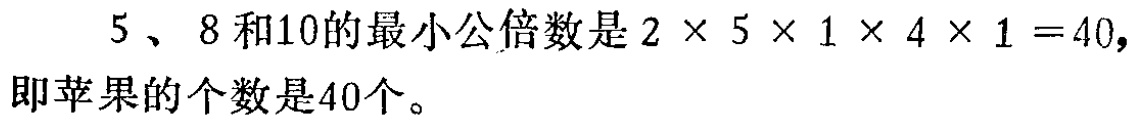
$5、8$和$10$的最小公倍数是$2\times 5\times 1\times 4\times 1 = 40,$即苹果的个数是$40$个。